Report on vaccination in Madras 1877-1894 - 1877-1894
Year: 1877
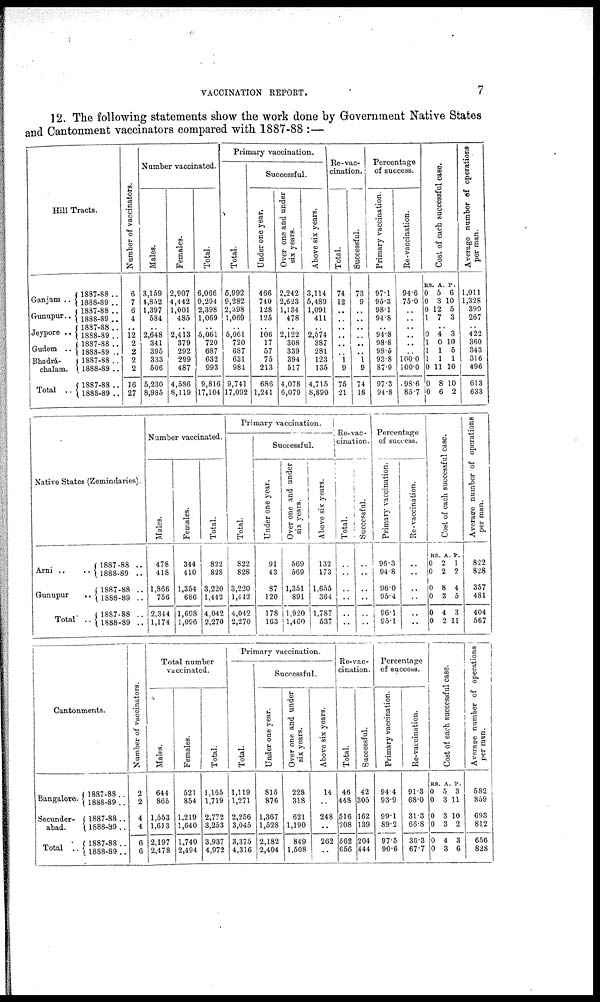
VACCINATION REPORT.
7
12. The following statements show the work done by Government Native States
and Cantonment vaccinators compared with 1887-88 :—
Hill Tracts.
Ganjam ..
Gunupur..
Jeypore ..
Gudem ..
Bhadrá¬
chalam.
Total ..
1887-88 ..
1888-89 ..
1887-88 ..
1888-89 ..
1887-88 ..
1888-89 ..
1887-88 ..
1888-89 ..
1887-88 ..
1888-89 ..
1887-88 ..
1888-89 ..
Number of vaccinators.
6
7
6
4
..
12
2
2
2
2
16
27
Number vaccinated.
Males.
3,159
4,852
1,397
584
..
2,648
341
395
333
506
5,230
8,985
Females.
2,907
4,442
1,001
485
..
2,413
379
292
299
487
4,586
8,119
Total.
6,066
9,294
2,398
1,069
..
5,061
720
687
632
993
9,816
17,104
Primary vaccination.
Total.
5,992
9,282
2,398
1,069
..
5,061
720
687
631
984
9,741
17,092
Successful.
Under one year.
466
740
128
125
..
106
17
57
75
213
686
1,241
Over one and under
six years.
2,242
2,623
1,134
478
..
2,122
308
339
394
517
4,078
6,079
Above six years.
3,114
5,489
1,091
411
..
2,574
387
281
123
135
4,715
8,890
Re-vac-
cination.
Total.
74
12
..
..
..
..
..
..
1
9
75
21
Successful.
73
9
..
..
..
..
..
..
1
9
74
18
Percentage
of success.
Primary vaccination.
97.1
95.3
98.1
94.8
..
94.8
98.8
98.5
93.8
87.9
97.3
94.8
Re-vaccination.
94.6
75.0
..
..
..
..
..
..
1000
100.0
98.6
85.7
Cost of each successful case.
RS.
0
0
0
1
..
0
1
1
1
0
0
0
A.
5
3
12
7
..
4
0
1
1
11
8
6
P.
6
10
5
3
..
3
10
5
1
10
10
2
Average number of operations
per man.
1,011
1,328
399
267
..
422
360
343
316
496
613
633
Native States (Zemindaries).
Arni .. ..
Gunupur ..
Total ..
1887-88 ..
l888-89 ..
1887-88 ..
1888-89 ..
1887-88 ..
1888-89 ..
Number vaccinated.
Males.
478
418
1,866
756
2,344
1,174
Females.
344
410
1,354
686
1,698
1,096
Total.
822
828
3,220
1,442
4,042
2,270
Primary vaccination.
Total.
822
828
3,220
1,442
4,042
2,270
Successful.
Under one year.
91
43
87
120
178
163
Over one and under
six years.
569
569
1,351
891
1,920
1,460
Above six years.
132
173
1,655
364
1,787
537
Re-vac-
cination.
Total.
..
..
..
..
..
..
Successful.
..
..
..
..
..
..
Percentage
of success.
Primary vaccination.
96.3
94.8
96.0
95.4
96.1
95.1
Re-vaccination.
..
..
..
..
..
..
Cost of each successful case.
RS.
0
0
0
0
0
0
A.
2
2
8
3
4
2
P.
1
2
4
5
3
11
Average number of operations
per man.
822
828
357
481
404
567
Cantonments.
Bangalore.
Secunder¬
abad.
Total ..
1887-88 ..
1888-89 ..
1887-88 ..
1888-89 ..
1887-88 ..
1888-89 ..
Number of vaccinators.
2
2
4
4
6
6
Total number
vaccinated.
Males.
644
865
1,553
1,613
2,197
2,478
Females.
521
854
1,219
1,640
1,740
2,494
Total.
1,165
1,719
2,772
3,253
3,937
4,972
Primary vaccination.
Total.
1,119
1,271
2,256
3,045
3,375
4,316
Successful.
Under one year.
815
876
1,367
1,528
2,182
2,404
Over one and under
six years.
228
318
621
1,190
849
1,508
Above six years.
14
..
248
..
262
..
Re-vac-
cination.
Total.
46
448
516
208
562
656
Successful.
42
305
162
139
204
444
Percentage
of success.
Primary vaccination.
94.4
93.9
99.1
89.2
97.5
90.6
Re-vaccination.
91.3
68.0
31.3
66.8
36.3
67.7
Cost of each successful case.
RS.
0
0
0
0
0
0
A.
5
3
3
3
4
3
P.
3
11
10
2
3
6
Average number of operations
per man.
582
859
693
812
656
828